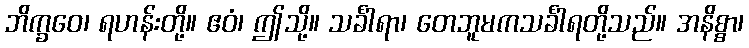
ဘိက္ခဝေ၊ ရဟန်းတို့။ ဧဝံ၊ ဤသို့။ သင်္ခါရာ၊ တေဘူမကသင်္ခါရတို့သည်။ အနိစ္စာ၊